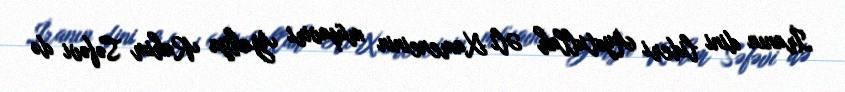
İranın dini lideri Ayətullah Əli Xameneinin müşaviri Yahya Rahim Səfəvi də